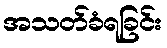
အသတ်ခံရခြင်း